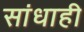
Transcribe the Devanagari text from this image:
सांधाही